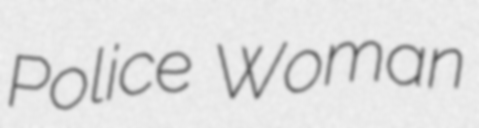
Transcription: Police Woman